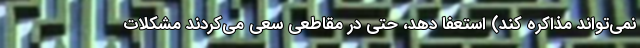
نمی‌تواند مذاکره کند) استعفا دهد، حتی در مقاطعی سعی می‌کردند مشکلات